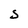
Character: S